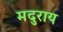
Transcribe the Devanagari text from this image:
मदुराय